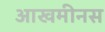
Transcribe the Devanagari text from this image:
आखमीनस